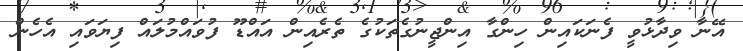
އޭނާ ވިދާޅުވީ ފެނަކައިން ހިންގާ އިންޖީނުގެތަކުގެ ތެރެއިން އައްޑޫ ފުވައްމުލައް ފިޔަވައި އެެހެން